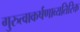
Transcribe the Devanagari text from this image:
गुरुत्वाकर्षणाव्यतिरिक्त